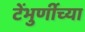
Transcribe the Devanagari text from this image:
टेंभुर्णीच्या